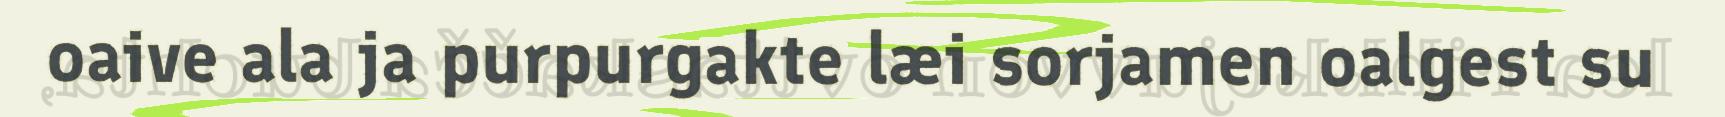
oaive ala ja purpurgakte læi sorjamen oalgest su